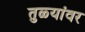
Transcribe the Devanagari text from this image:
तुळ्यांवर